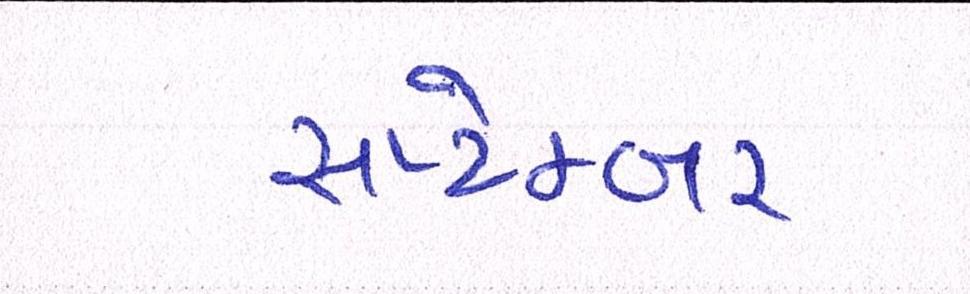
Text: સપ્ટેમ્બર